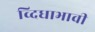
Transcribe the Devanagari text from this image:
व्दिधाभावी